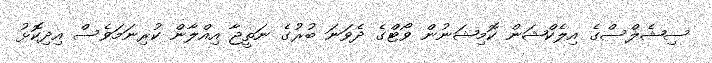
ސިޝެލްސްގެ އިލެކްޝަން ކޮމިޝަނުން ވޯޓްގެ ދެވަނަ ބުރުގެ ނަތީޖާ އިއްލާން ކުރިނަމަވެސް އިދިކޮޅު